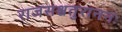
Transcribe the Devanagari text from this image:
राजसश्चतुराननः